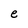
Character: e